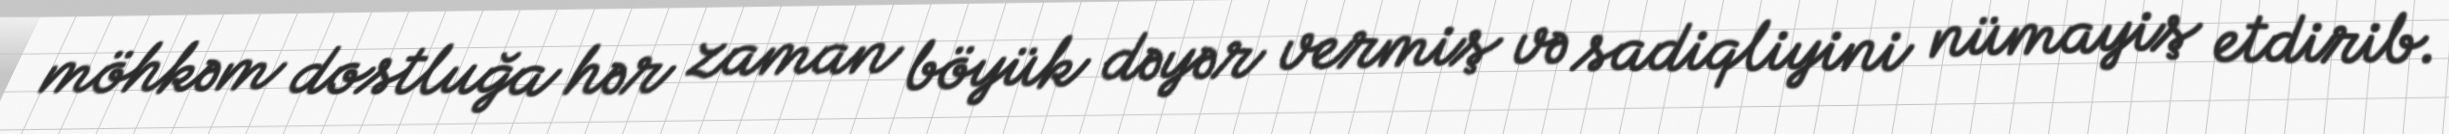
möhkəm dostluğa hər zaman böyük dəyər vermiş və sadiqliyini nümayiş etdirib.